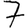
Digit: 7